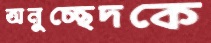
অনুচ্ছেদকে